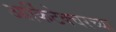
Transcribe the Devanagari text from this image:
आर्किटेक्चरच्या